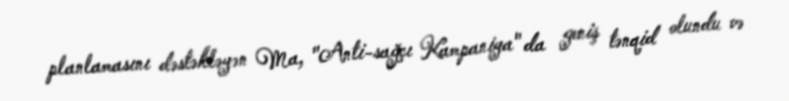
planlamasını dəstəkləyən Ma, "Anti-sağçı Kampaniya" da geniş tənqid olundu və